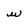
Character: w